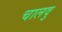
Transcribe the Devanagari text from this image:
चालवु